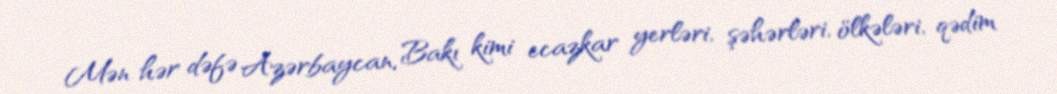
Mən hər dəfə Azərbaycan, Bakı kimi ecazkar yerləri, şəhərləri, ölkələri, qədim